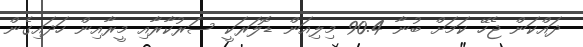
ދައްކަން ޖެހޭ ކަމަށް ބުނާ 90.4 މިލިއަން ޑޮލަރަކީ ސަރުކާރާއި މީރާއިން ހަދައިގެން